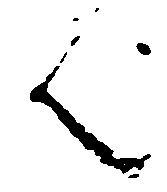
ん